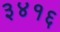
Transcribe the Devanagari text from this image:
३४१६